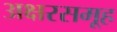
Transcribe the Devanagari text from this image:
अक्षरसमूह